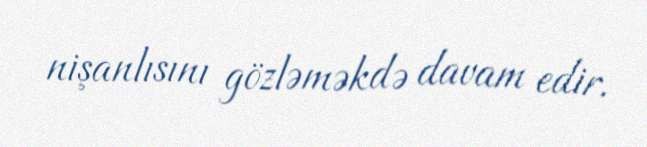
nişanlısını gözləməkdə davam edir.